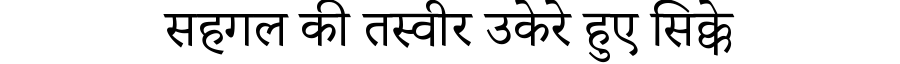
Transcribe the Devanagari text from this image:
सहगल की तस्वीर उकेरे हुए सिक्के